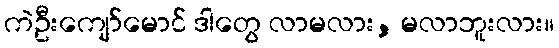
ကဲဦးကျော်မောင် ဒါတွေ လာမလား, မလာဘူးလား။